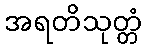
အရတိသုတ္တံ